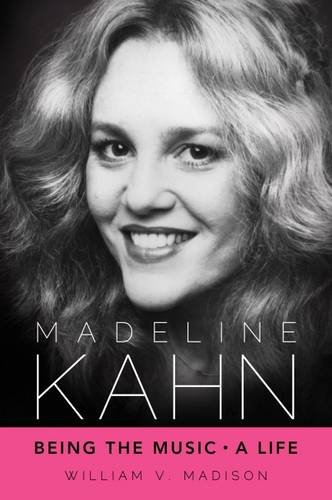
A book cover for Madeline Kahn: Being the Music, A Life (Hollywood Legends Series); William V. Madison; Humor & Entertainment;